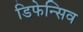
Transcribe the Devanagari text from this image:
डिफेन्सिव